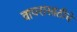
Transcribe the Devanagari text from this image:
वापरासाठीचे